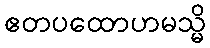
ဧတပထောဟမသ္မိ